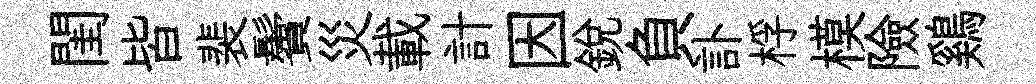
閨皆裴鬢災載計因銳負訃桴模險鷄